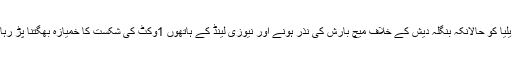
آسٹریلیا کو حالانکہ بنگلہ دیش کے خلاف میچ بارش کی نذر ہونے اور نیوزی لینڈ کے ہاتھوں 1وکٹ کی شکست کا خمیازہ بھگتنا پڑ رہا ہے۔